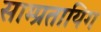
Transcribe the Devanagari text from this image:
साम्प्रतायिग